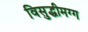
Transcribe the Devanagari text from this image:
विसुद्धीमग्ग